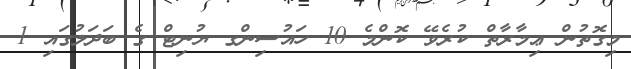
މިގޮތުން ޢިމާރާތް ކުރެވޭ ކޮންމެ 10 ހައުސިންގ ޔުނިޓް ގެ ބަދަލުގައި 1